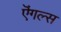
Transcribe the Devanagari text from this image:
ऎंगल्स